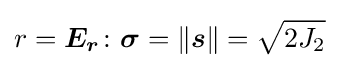
r={\boldsymbol {E_{r}}}\colon {\boldsymbol {\sigma }}=\lVert {\boldsymbol {s}}\rVert ={\sqrt {2J_{2}}}